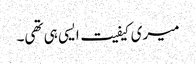
میری کیفیت ایسی ہی تھی۔